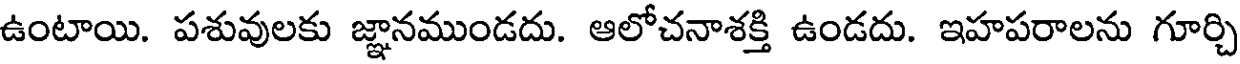
ఉంటాయి. పశువులకు జ్ఞానముండదు. ఆలోచనాశక్తి ఉండదు. ఇహపరాలను గూర్చి